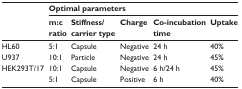
| <ROWSPAN=2>  | <COLSPAN=5> Optimal parameters |
 | m:c ratio | Stiffness/carrier type | Charge | Co-incubation time | Uptake |
 | --- | --- | --- | --- | --- | --- |
 | HL60 | 5:1 | Capsule | Negative | 24 h | 40% |
 | U937 | 10:1 | Particle | Negative | 24 h | 45% |
 | <ROWSPAN=2> HEK293T/17 | 10:1 | Capsule | Negative | 6 h/24 h | 45% |
 | 5:1 | Capsule | Positive | 6 h | 40% |